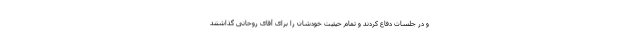
و در جلسات دفاع کردند و تمام حیثیت خودشان را برای آقای روحانی گذاشتند